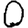
Digit: 0